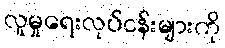
လူမှုရေးလုပ်ငန်းများကို